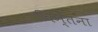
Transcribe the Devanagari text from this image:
चिन्तना